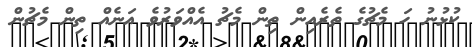
ކުޅުނު ހަ މެޗުގެ ތެރެއިން ތިން މެޗު އެއްވަރުވެ އަނެއް ތިން މެޗުން